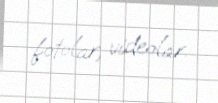
fotolar, videolar.